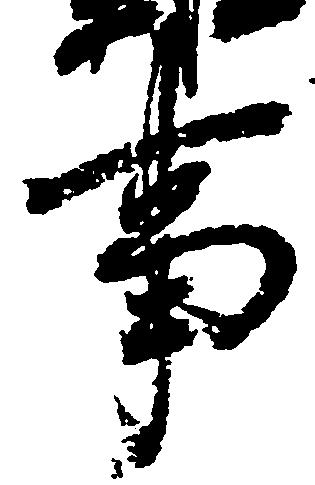
事